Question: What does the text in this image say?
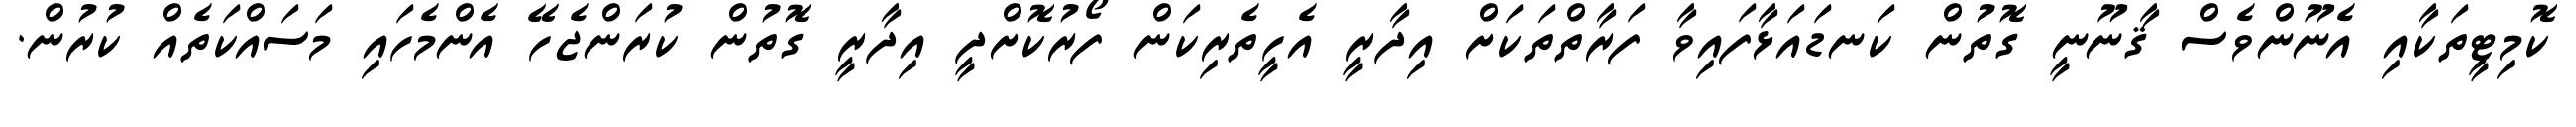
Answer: ކޮމިޓީތަކާއި އެނޫންވެސް ޤާނޫނީ ގޮތުން ކަނޑައަޅާފައިވާ ފަރާތްތަކަށް އިދާރީ އެހީތެރިކަން ފޯރުކޮށްދީ އިދާރީ ގޮތުން ކުރަންޖެހޭ އެންމެހައި މަސައްކަތެއް ކުރުން.